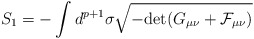
\begin{align*}S_1 = - \int d^{p + 1} \sigma \sqrt{- {\rm {\rm det}} (G_{\mu\nu} + {\cal F}_{\mu\nu})}\end{align*}